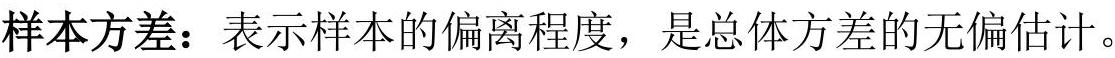
样本方差：表示样本的偏离程度，是总体方差的无偏估计。